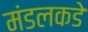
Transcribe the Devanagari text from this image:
मंडलकडे